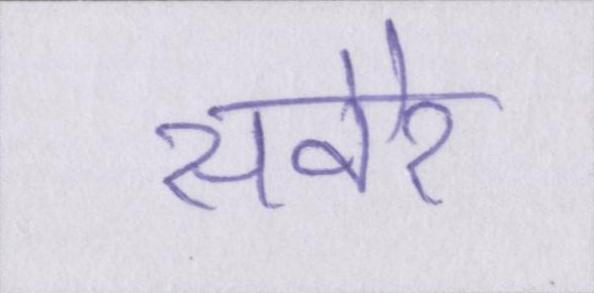
सवेरे